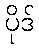
ပိုဒ်